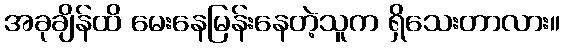
အခုချိန်ထိ မေးနေမြန်းနေတဲ့သူက ရှိသေးတာလား။